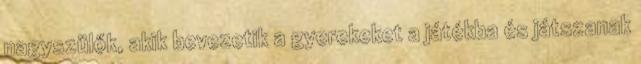
nagyszülők, akik bevezetik a gyerekeket a játékba és játszanak